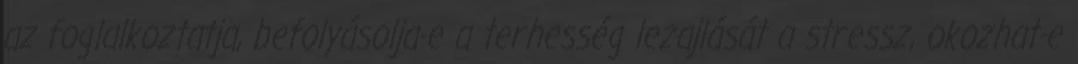
az foglalkoztatja, befolyásolja-e a terhesség lezajlását a stressz, okozhat-e